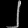
Digit: ၂